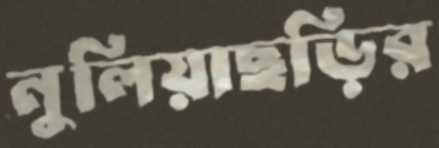
নুলিয়াছড়ির